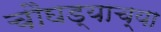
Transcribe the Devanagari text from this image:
चौघड्याच्या